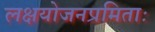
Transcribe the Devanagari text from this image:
लक्षयोजनप्रमिताः